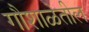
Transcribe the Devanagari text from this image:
गौशाळेतील